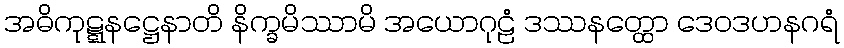
အဓိကုဋ္ဋနဋ္ဌေနာတိ နိက္ခမိဿာမိ အယောဂုဠံ ဒဿနတ္ထော ဒေဝဒဟနဂရံ